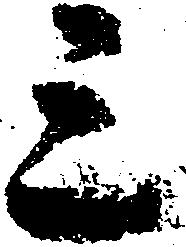
三